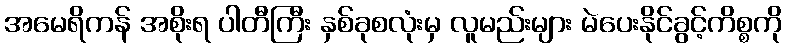
အမေရိကန် အစိုးရ ပါတီကြီး နှစ်ခုစလုံးမှ လူမည်းများ မဲပေးနိုင်ခွင့်ကိစ္စကို